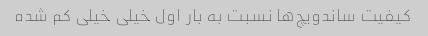
کیفیت ساندویچ‌ها نسبت به بار اول خیلی خیلی کم شده